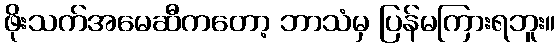
ဖိုးသက်အမေဆီကတော့ ဘာသံမှ ပြန်မကြားရဘူး။